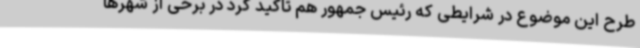
طرح این موضوع در شرایطی که رئیس جمهور هم تاکید کرد در برخی از شهرها